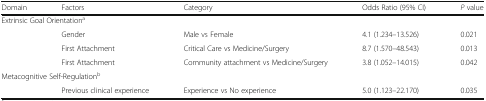
<table><thead><tr><td><b>Domain</b></td><td><b>Factors</b></td><td><b>Category</b></td><td><b>Odds Ratio (95% CI)</b></td><td><b><i>P</i> value</b></td></tr></thead><tbody><tr><td colspan="5">Extrinsic Goal Orientation<sup>a</sup></td></tr><tr><td rowspan="3"></td><td>Gender</td><td>Male vs Female</td><td>4.1 (1.234–13.526)</td><td>0.021</td></tr><tr><td>First Attachment</td><td>Critical Care vs Medicine/Surgery</td><td>8.7 (1.570–48.543)</td><td>0.013</td></tr><tr><td>First Attachment</td><td>Community attachment vs Medicine/Surgery</td><td>3.8 (1.052–14.015)</td><td>0.042</td></tr><tr><td colspan="5">Metacognitive Self-Regulation<sup>b</sup></td></tr><tr><td></td><td>Previous clinical experience</td><td>Experience vs No experience</td><td>5.0 (1.123–22.170)</td><td>0.035</td></tr></tbody></table>